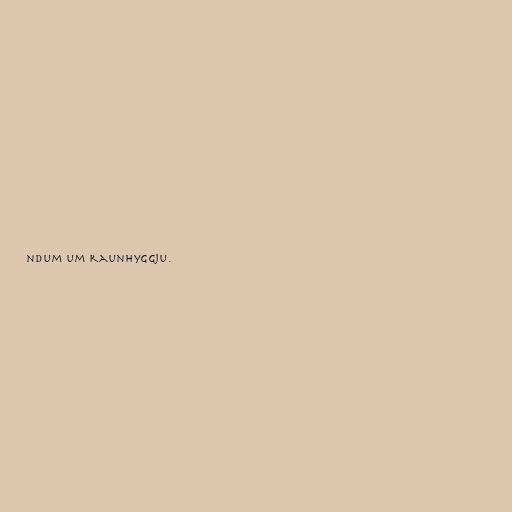
ndum um raunhyggju.